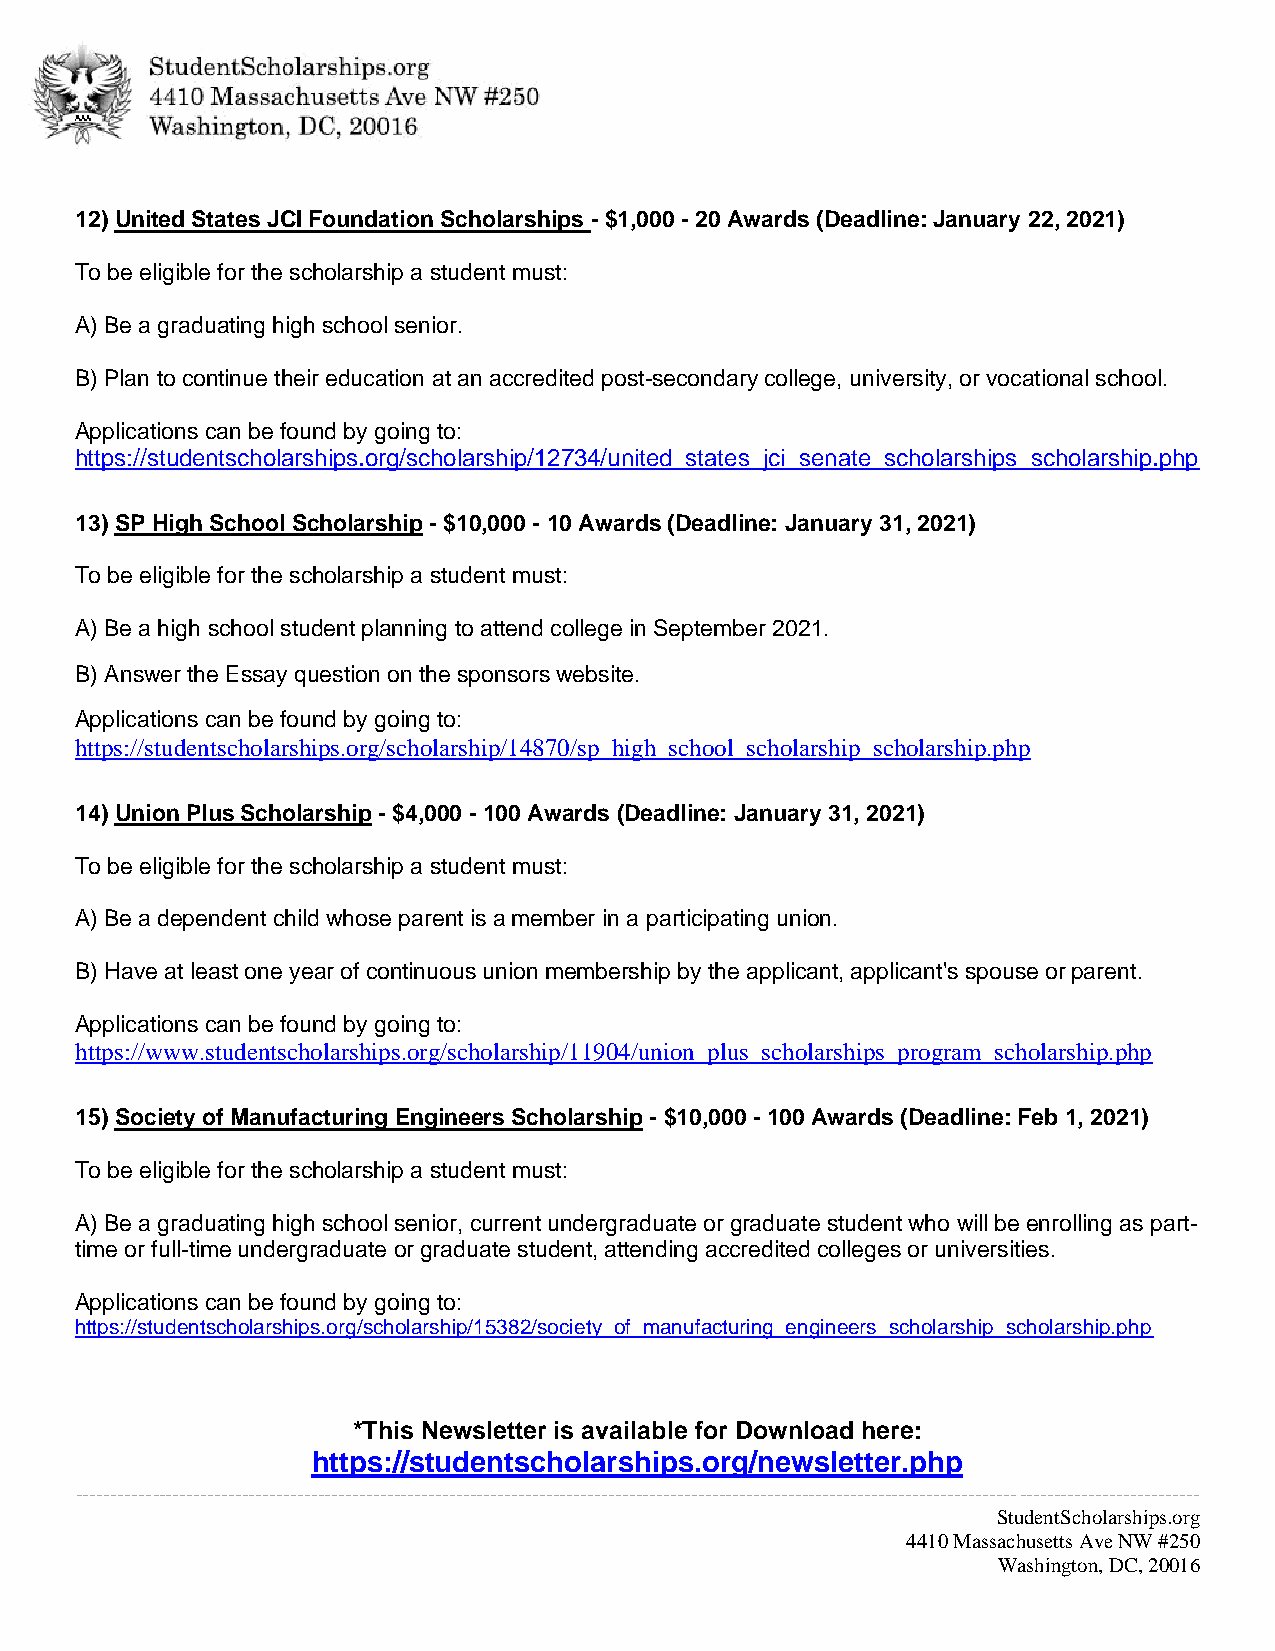
12) United States JCI Foundation Scholarships - $1,000 - 20 Awards (Deadline: January 22, 2021)
 To be eligible for the scholarship a student must:
 A) Be a graduating high school senior.
 B) Plan to continue their education at an accredited post-secondary college, university, or vocational school.
 Applications can be found by going to:
 https://studentscholarships.org/scholarship/12734/united_states_jci_senate_scholarships_scholarship.php
 13) SP High School Scholarship - $10,000 - 10 Awards (Deadline: January 31, 2021)
 To be eligible for the scholarship a student must:
 A) Be a high school student planning to attend college in September 2021.
 B) Answer the Essay question on the sponsors website.
 Applications can be found by going to:
 https://studentscholarships.org/scholarship/14870/sp_high_school_scholarship_scholarship.php
 14) Union Plus Scholarship - $4,000 - 100 Awards (Deadline: January 31, 2021)
 To be eligible for the scholarship a student must:
 A) Be a dependent child whose parent is a member in a participating union.
 B) Have at least one year of continuous union membership by the applicant, applicant's spouse or parent.
 Applications can be found by going to:
 https://www.studentscholarships.org/scholarship/11904/union_plus_scholarships_program_scholarship.php
 15) Society of Manufacturing Engineers Scholarship - $10,000 - 100 Awards (Deadline: Feb 1, 2021)
 To be eligible for the scholarship a student must:
 A) Be a graduating high school senior, current undergraduate or graduate student who will be enrolling as part-
 time or full-time undergraduate or graduate student, attending accredited colleges or universities.
 Applications can be found by going to:
 https://studentscholarships.org/scholarship/15382/society_of_manufacturing_engineers_scholarship_scholarship.php
 *This Newsletter is available for Download here:
 https://studentscholarships.org/newsletter.php
 ------------------------------------------------------------------------------------------------------------------------------------------------------------------
 StudentScholarships.org
 4410 Massachusetts Ave NW #250
 Washington, DC, 20016